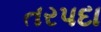
તરપદા